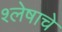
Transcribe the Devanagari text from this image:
श्लेषाचे